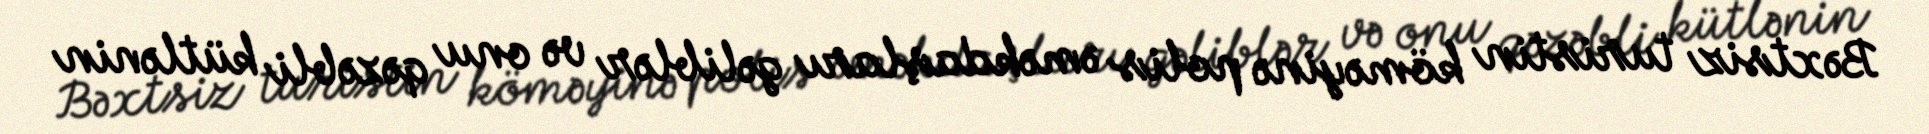
Bəxtsiz turistin köməyinə polis əməkdaşları gəliblər və onu qəzəbli kütlənin